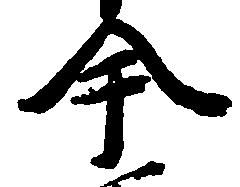
今